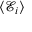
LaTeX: \langle { \mathcal { E } } _ { i } \rangle